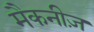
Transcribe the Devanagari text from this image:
मैकनीज़